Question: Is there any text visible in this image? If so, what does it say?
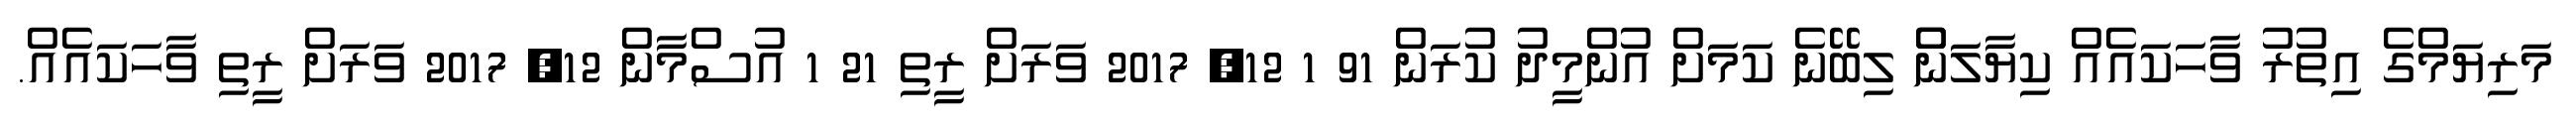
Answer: މަރިޔަމްގެ އިތުރު ވާހަކައެއް ކިޔާލަންް ލިބޭނެ ކަމަށް އުންމީދު ކުރަން 91 1 12, 2017 ވަރަށް ރީތި 21 1 އުސްމާން 12, 2017 ވަރަށް ރީތި ވާހަކައެއް.